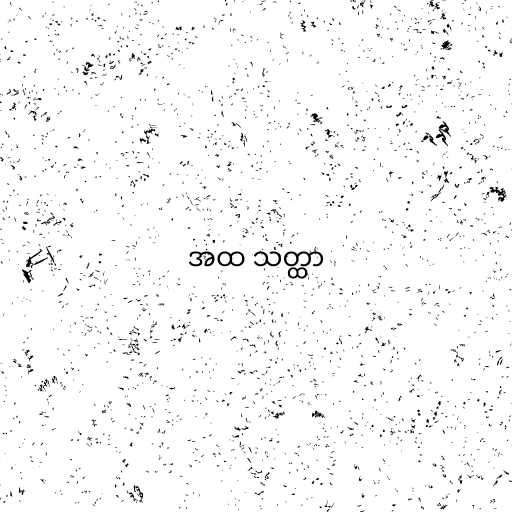
အထ သတ္ထာ